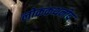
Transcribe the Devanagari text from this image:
लोककथनीय